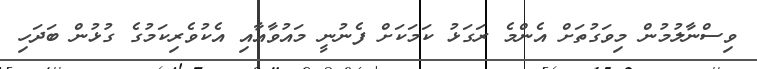
ވިސްނާލުމުން މިވަގުތަށް އެންމެ ރަގަޅު ކަމަކަށް ފެނުނީ މައުވާއާއި އެކުވެރިކަމުގެ ގުޅުން ބަދަހި